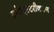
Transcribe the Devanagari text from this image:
ट्रांसएस्टरीकरण